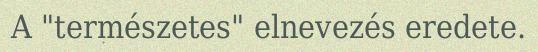
A "természetes" elnevezés eredete.